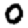
Digit: 0